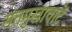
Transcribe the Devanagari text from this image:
संतमुखावाटें